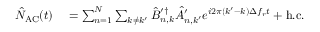
\begin{array} { r l } { \hat { N } _ { \mathrm { A C } } ( t ) } & { { } = \sum _ { n = 1 } ^ { N } \sum _ { k \neq k ^ { \prime } } \hat { B } _ { n , k } ^ { \prime \dagger } \hat { A } _ { n , k ^ { \prime } } ^ { \prime } e ^ { i 2 \pi ( k ^ { \prime } - k ) \Delta f _ { r } t } + \mathrm { h . c . } } \end{array}